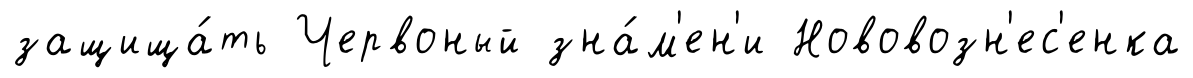
защища́ть Червоный зна́м'ен'и Нововозн'ес'енка